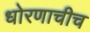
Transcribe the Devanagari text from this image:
धोरणाचीच